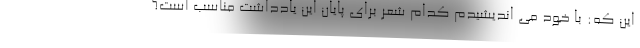
این که: با خود می اندیشیدم کدام شعر برای پایان این یادداشت مناسب است؟